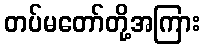
တပ်မတော်တို့အကြား